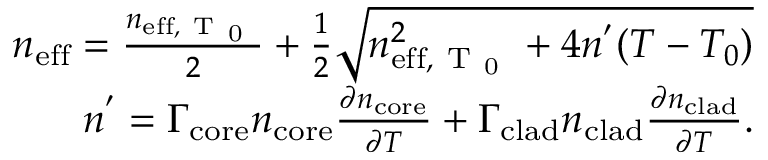
\begin{array} { r } { n _ { \mathrm { e f f } } = \frac { n _ { \mathrm { e f f , ~ T ~ _ 0 ~ } } } { 2 } + \frac { 1 } { 2 } \sqrt { n _ { \mathrm { e f f , ~ T ~ _ 0 ~ } } ^ { 2 } + 4 n ^ { ' } ( T - T _ { 0 } ) } } \\ { n ^ { ' } = \Gamma _ { \mathrm { c o r e } } n _ { \mathrm { c o r e } } \frac { \partial n _ { \mathrm { c o r e } } } { \partial T } + \Gamma _ { \mathrm { c l a d } } n _ { \mathrm { c l a d } } \frac { \partial n _ { \mathrm { c l a d } } } { \partial T } . } \end{array}